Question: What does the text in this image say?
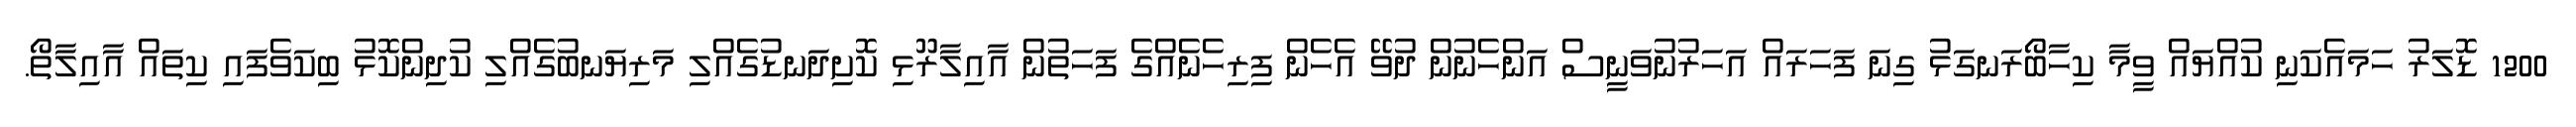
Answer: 1200 ޑޮލަރު ހަމައެކަނި ކުއްޔައް ވީމާ ކިހާބޯރަނގަޅު ގިނަ ފަހަރައް އަހަރުނުވަނީސް އަންހެނުން ދުވޭ އެހެން ފިރިހެނެއްގެ ފަހަތުން އާއިލާރޫޅި ކޮށިދަނޑުގެއްލި މަރިޔަނބުގެއްލި ކުދިންކޮޅު ބިކަވެފައި ކިތައް އާއިލާތޯ.